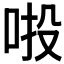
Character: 𠲴